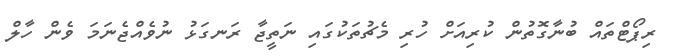
ރިޕޯޓްތައް ބުނާގޮތުން ކުރިއަށް ހުރި މެޗުތަކުގައި ނަތީޖާ ރަނގަޅު ނުވެއްޖެނަމަ ވެން ހާލް